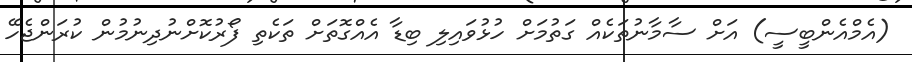
(އެމްއެންބީސީ) އަށް ސާމާނުތަކެއް ގަތުމަށް ހުޅުވައިލި ބިޑާ އެއްގޮތަށް ތަކެތި ފޯރުކޮށްނުދިނުމުން ކުރަންޖެހޭ